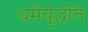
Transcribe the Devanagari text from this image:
धर्मयुद्धांत